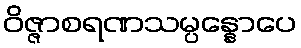
ဝိဇ္ဇာစရဏသမ္ပန္နောပေ